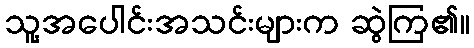
သူ့အပေါင်းအသင်းများက ဆွဲကြ၏။